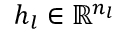
\boldsymbol { h } _ { l } \in \mathbb { R } ^ { n _ { l } }